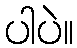
ပါပဲ။